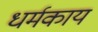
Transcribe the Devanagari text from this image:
धर्मकाय